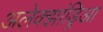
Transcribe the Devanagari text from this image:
अलेक्झांड्रिआ